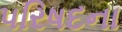
પરિષદના